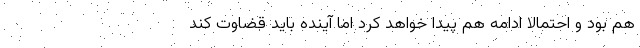
هم بود و احتمالا ادامه هم پيدا خواهد كرد اما آينده بايد قضاوت كند